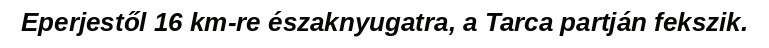
Eperjestől 16 km-re északnyugatra, a Tarca partján fekszik.